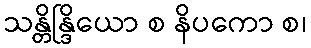
သန္တိန္ဒြိယော စ နိပကော စ၊